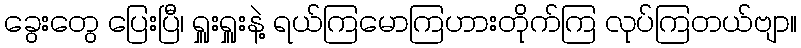
ခွေးတွေ ပြေးပြီ၊ ရှူးရှူးနဲ့ ရယ်ကြမောကြဟားတိုက်ကြ လုပ်ကြတယ်ဗျာ။